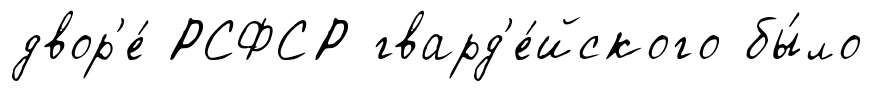
двор'е́ РСФСР гвард'е́йского бы́ло